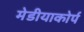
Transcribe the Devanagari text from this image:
मेडीयाकोर्प